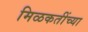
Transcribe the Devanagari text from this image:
मिळकतींच्या